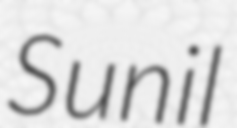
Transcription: Sunil